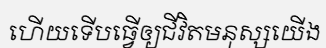
ហើយទើបធ្វើឲ្យជីវិតមនុស្សយើង